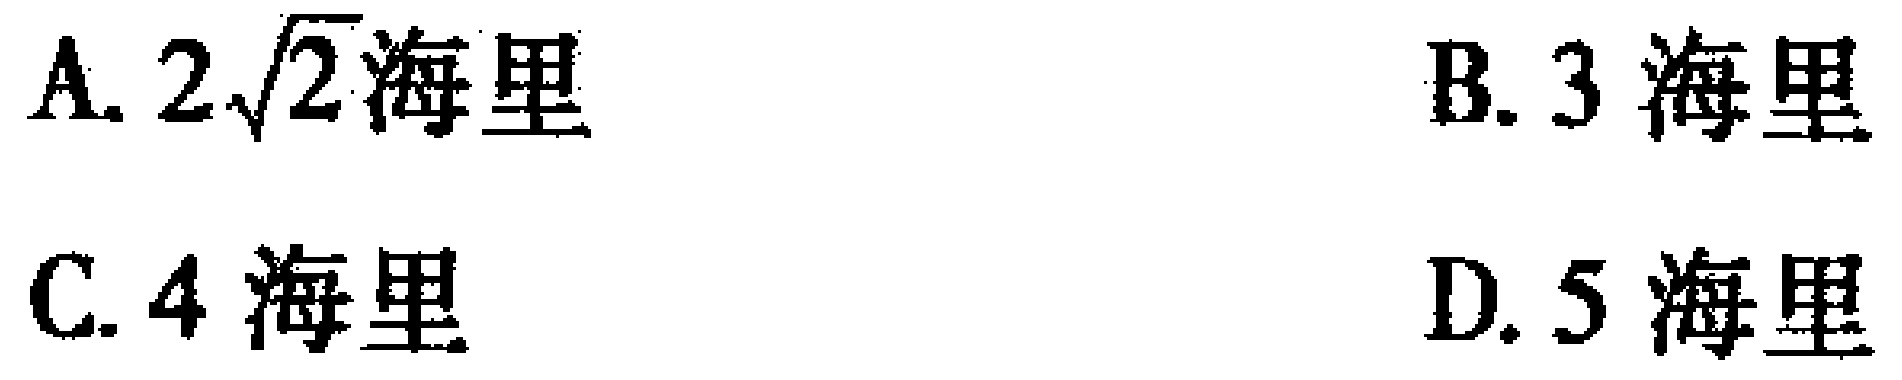
A. \(2\sqrt{2}\)海里
B. \(3\)海里
C. \(4\)海里
D. \(5\)海里